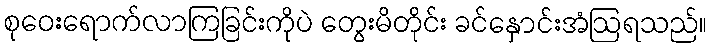
စုဝေးရောက်လာကြခြင်းကိုပဲ တွေးမိတိုင်း ခင်နှောင်းအံဩရသည်။